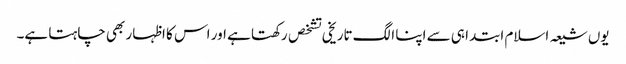
یوں شیعہ اسلام ابتدا ہی سے اپنا الگ تاریخی تشخص رکھتا ہے اور اس کا اظہار بھی چاہتا ہے۔